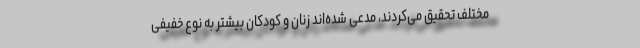
مختلف تحقیق می‌کردند، مدعی شده‌اند زنان و کودکان بیشتر به نوع خفیفی